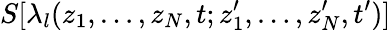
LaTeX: S[\lambda_{l}(z_{1},\dots,z_{N},t;z_{1}^{\prime},\dots,z_{N}^{\prime},t^{\prime})]